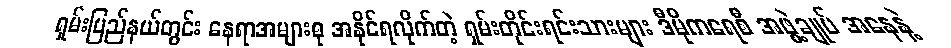
ရှမ်းပြည်နယ်တွင်း နေရာအများစု အနိုင်ရလိုက်တဲ့ ရှမ်းတိုင်းရင်းသားများ ဒီမိုကရေစီ အဖွဲ့ချုပ် အနေနဲ့